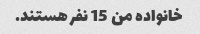
خانواده من 15 نفر هستند.